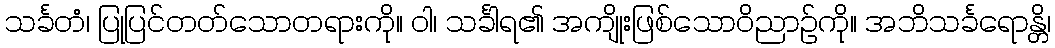
သင်္ခတံ၊ ပြုပြင်တတ်သောတရားကို။ ဝါ၊ သင်္ခါရ၏ အကျိုးဖြစ်သောဝိညာဉ်ကို။ အဘိသင်္ခရောန္တိ၊